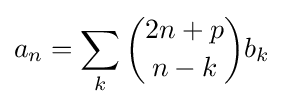
a_{n}=\sum _{k}{\binom {2n+p}{n-k}}b_{k}